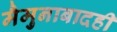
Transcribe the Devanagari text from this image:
मैमुनाबादही